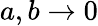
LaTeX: a,b\to 0